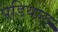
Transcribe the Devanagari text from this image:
पडियाल